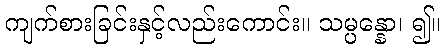
ကျက်စားခြင်းနှင့်လည်းကောင်း။ သမ္ပန္နော၊ ၍။